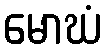
မောဃံ